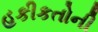
હકીકતોની